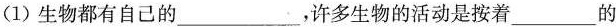
(1) 生物都有自己的___许多生物的活动是按着___的